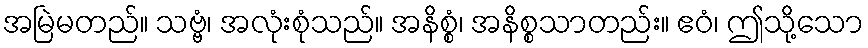
အမြဲမတည်။ သဗ္ဗံ၊ အလုံးစုံသည်။ အနိစ္စံ၊ အနိစ္စသာတည်း။ ဧဝံ၊ ဤသို့သော